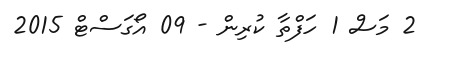
2 މަސް 1 ހަފްތާ ކުރިން - 09 އޯގަސްޓް 2015